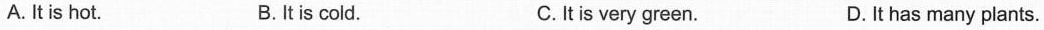
A. it is hot. B.It is cold. C.It is very green. D. It has many plants.